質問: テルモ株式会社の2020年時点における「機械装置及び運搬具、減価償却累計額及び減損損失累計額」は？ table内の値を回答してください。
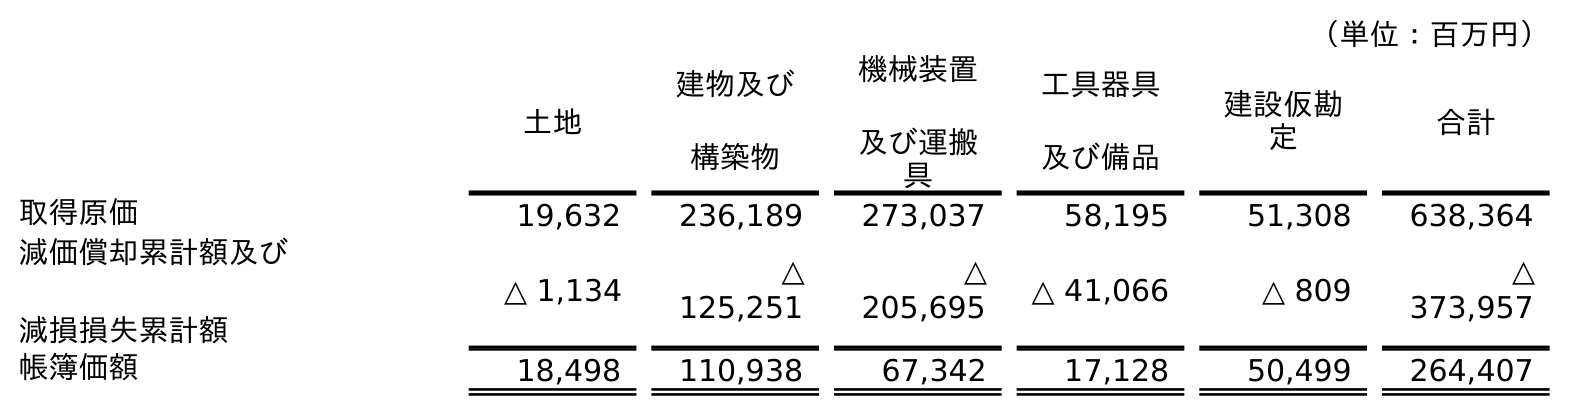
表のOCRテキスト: （単位：百万円） 土地 建物及び 構築物 機械装置 及び運搬 具 工具器具 及び備品 建設仮勘 定 合計 取得原価 19,632 236,189 273,037 58,195 51,308 638,364 減価償却累計額及び 減損損失累計額 △ 1,134 △ 125,251 △ 205,695 △ 41,066 △ 809 △ 373,957 帳簿価額 18,498 110,938 67,342 17,128 50,499 264,407
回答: △205,695